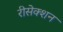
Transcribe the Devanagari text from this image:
रीसेक्शन